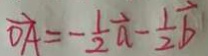
\overrightarrow { O A } = - \frac { 1 } { 2 } \overrightarrow { a } - \frac { 1 } { 2 } \overrightarrow { b }